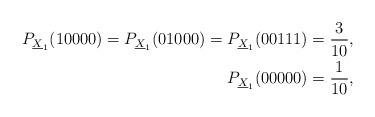
LaTeX: \begin{align*}P_{{\underline X}_1}( 10000) = P_{{\underline X}_1}( 01000) = P_{{\underline X}_1}( 00111) = \frac{3}{10},\\P_{{\underline X}_1}( 00000) = \frac{1}{10},\end{align*}